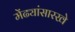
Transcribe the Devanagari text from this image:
मेंढ्यांसारखे